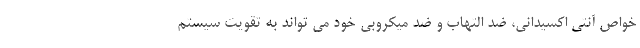
خواص آنتی اکسیدانی، ضد التهاب و ضد میکروبی خود می تواند به تقویت سیستم